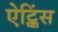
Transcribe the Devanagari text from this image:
ऐट्किंस